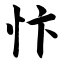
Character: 忭